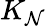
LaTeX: K_{\mathcal{N}}